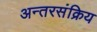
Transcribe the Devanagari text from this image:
अन्तरसंक्रिय